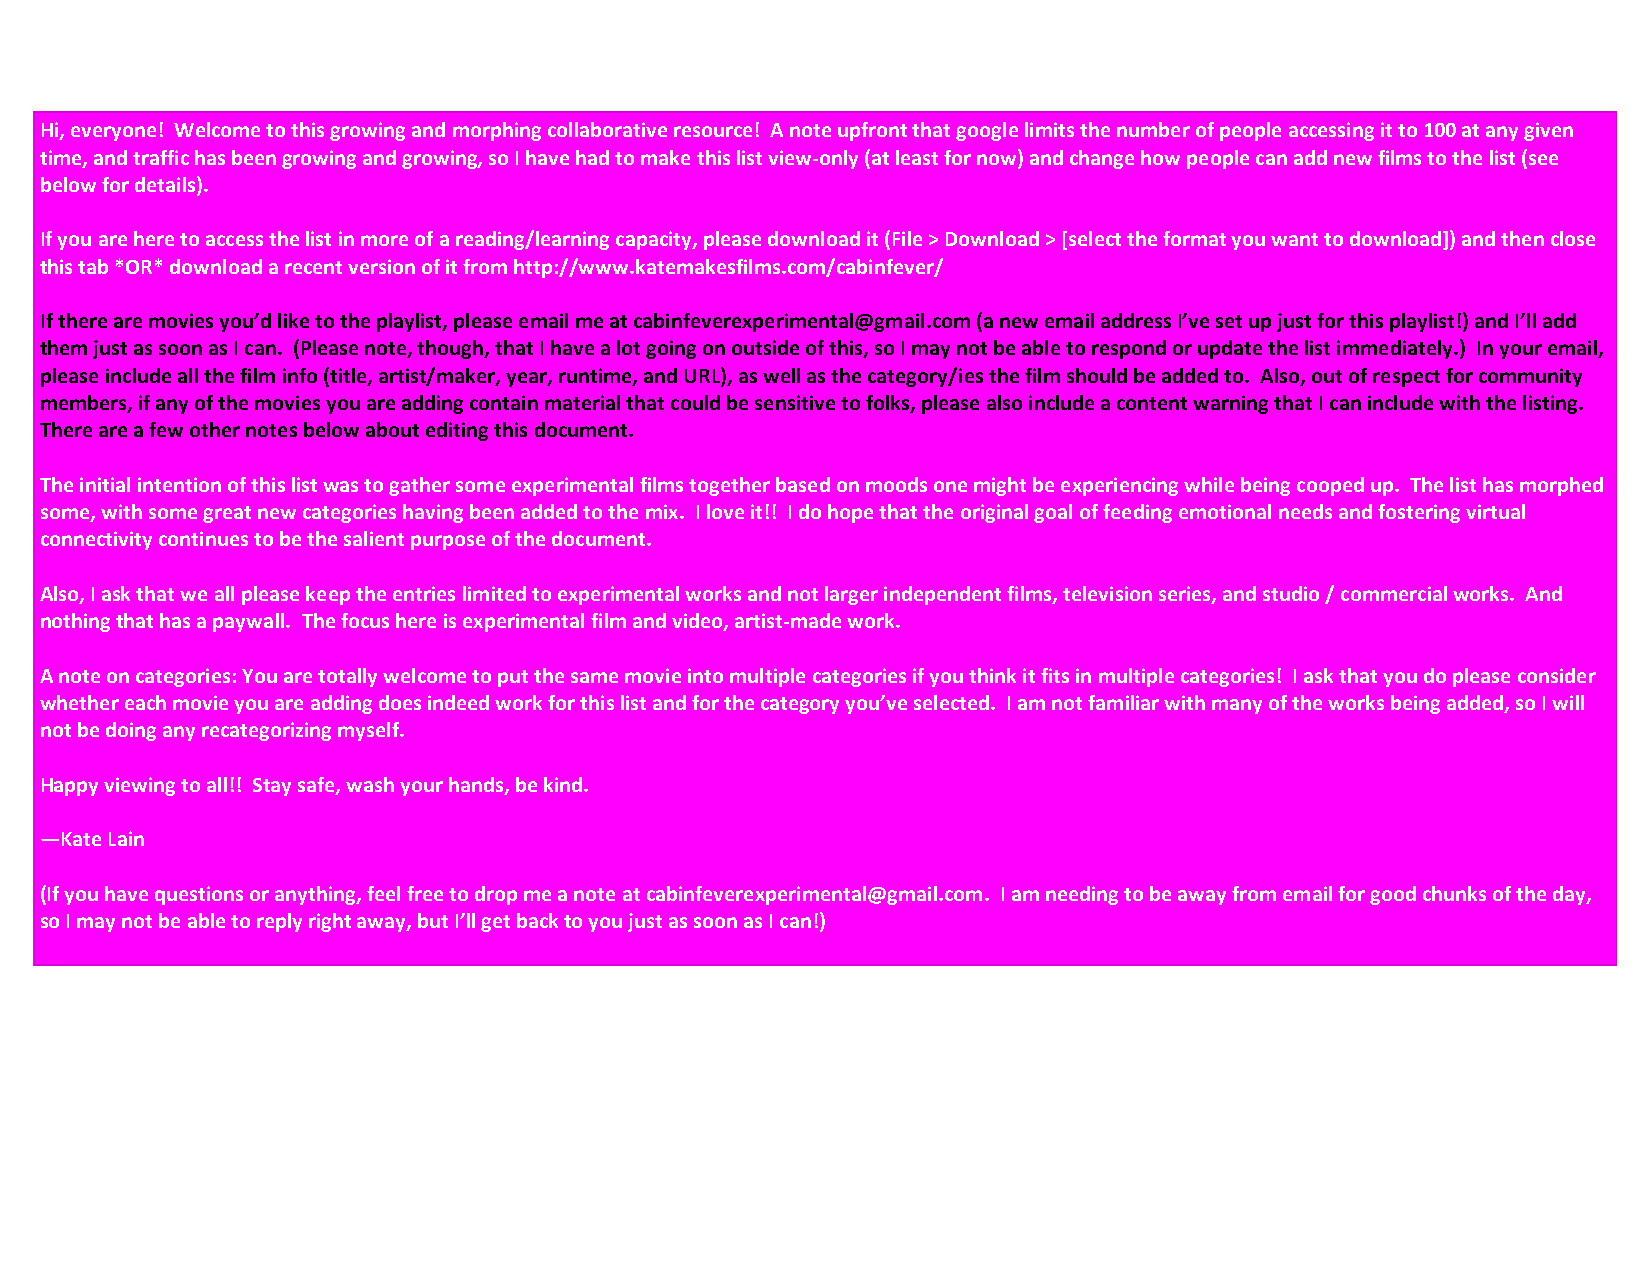
Hi, everyone! Welcome to this growing and morphing collaborative resource! A note upfront that google limits the number of people accessing it to 100 at any given
 time, and traffic has been growing and growing, so I have had to make this list view-only (at least for now) and change how people can add new films to the list (see
 below for details).
 If you are here to access the list in more of a reading/learning capacity, please download it (File > Download > [select the format you want to download]) and then close
 this tab *OR* download a recent version of it from http://www.katemakesfilms.com/cabinfever/
 If there are movies you’d like to the playlist, please email me at cabinfeverexperimental@gmail.com (a new email address I’ve set up just for this playlist!) and I’ll add
 them just as soon as I can. (Please note, though, that I have a lot going on outside of this, so I may not be able to respond or update the list immediately.) In your email,
 please include all the film info (title, artist/maker, year, runtime, and URL), as well as the category/ies the film should be added to. Also, out of respect for community
 members, if any of the movies you are adding contain material that could be sensitive to folks, please also include a content warning that I can include with the listing.
 There are a few other notes below about editing this document.
 The initial intention of this list was to gather some experimental films together based on moods one might be experiencing while being cooped up. The list has morphed
 some, with some great new categories having been added to the mix. I love it!! I do hope that the original goal of feeding emotional needs and fostering virtual
 connectivity continues to be the salient purpose of the document.
 Also, I ask that we all please keep the entries limited to experimental works and not larger independent films, television series, and studio / commercial works. And
 nothing that has a paywall. The focus here is experimental film and video, artist-made work.
 A note on categories: You are totally welcome to put the same movie into multiple categories if you think it fits in multiple categories! I ask that you do please consider
 whether each movie you are adding does indeed work for this list and for the category you’ve selected. I am not familiar with many of the works being added, so I will
 not be doing any recategorizing myself.
 Happy viewing to all!! Stay safe, wash your hands, be kind.
 —Kate Lain
 (If you have questions or anything, feel free to drop me a note at cabinfeverexperimental@gmail.com. I am needing to be away from email for good chunks of the day,
 so I may not be able to reply right away, but I’ll get back to you just as soon as I can!)